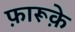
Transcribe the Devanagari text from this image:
फ़ारूक़े